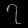
Digit: ၇